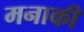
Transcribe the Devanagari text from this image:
मनाकी